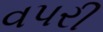
વપરી